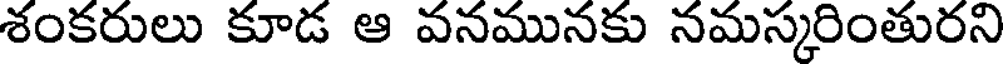
శంకరులు కూడ ఆ వనమునకు నమస్కరింతురని